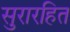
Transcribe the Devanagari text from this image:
सुरारहित